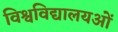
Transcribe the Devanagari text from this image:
विश्वविद्यालयओं